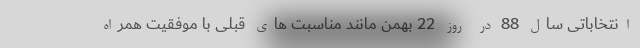
انتخاباتی سال 88 در روز 22 بهمن مانند مناسبت های قبلی با موفقیت همراه